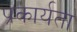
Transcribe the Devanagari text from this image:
प्रकार्यता